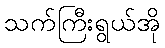
သက်ကြီးရွယ်အို